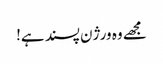
مجھے وہ ورژن پسند ہے!